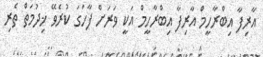
އާރިފާ އިބްރާހީމް އާރިފާ އިބްރާހީމް އަކީ ވަރަށް ފާހަގަ ކުރެވޭ ޚިދުމަތް ތެރި